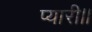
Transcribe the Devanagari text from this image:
प्यारी।।